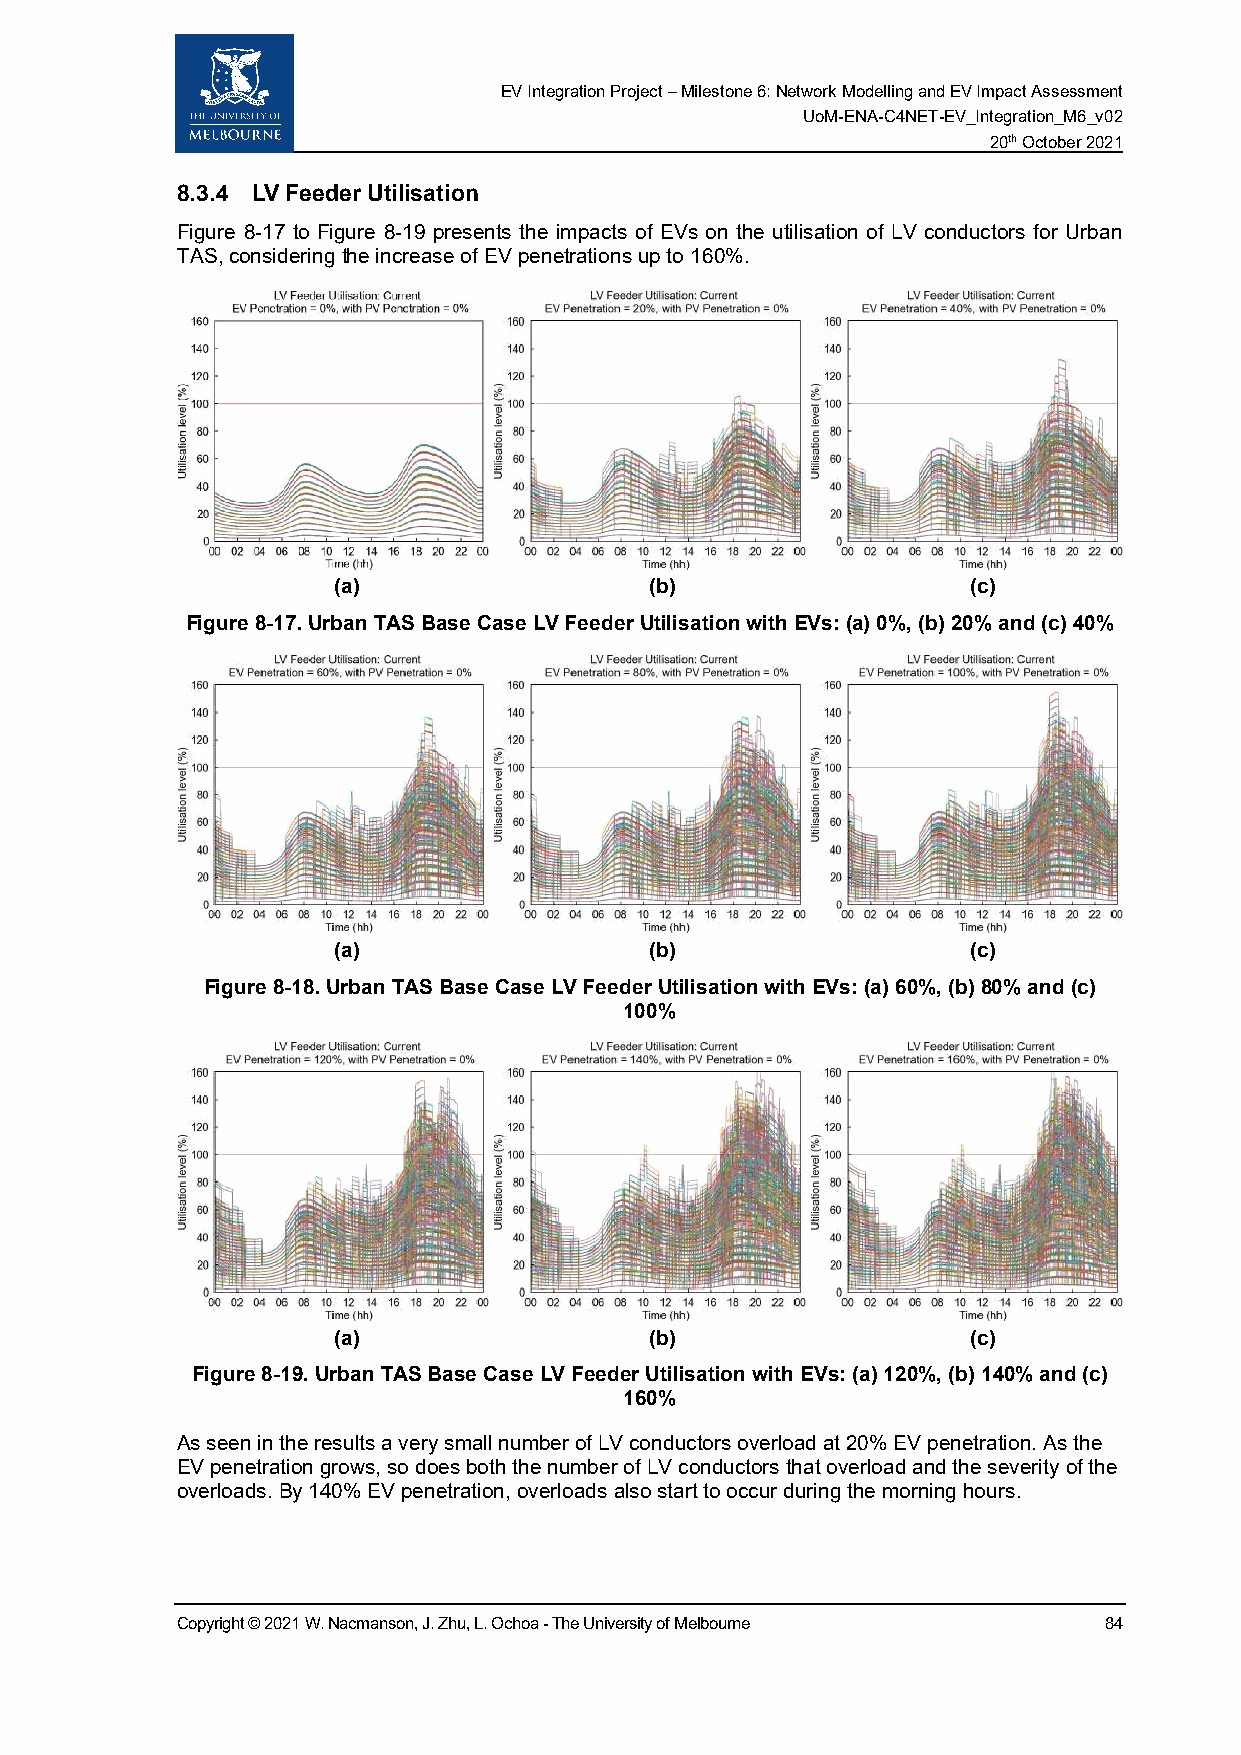
EV Integration Project – Milestone 6: Network Modelling and EV Impact Assessment
 UoM-ENA-C4NET-EV_Integration_M6_v02
 20th October 2021
 8.3.4 LV Feeder Utilisation
 Figure 8-17 to Figure 8-19 presents the impacts of EVs on the utilisation of LV conductors for Urban
 TAS, considering the increase of EV penetrations up to 160%.
 (a)                  (b)                  (c)
 Figure 8-17. Urban TAS Base Case LV Feeder Utilisation with EVs: (a) 0%, (b) 20% and (c) 40%
 (a)                  (b)                  (c)
 Figure 8-18. Urban TAS Base Case LV Feeder Utilisation with EVs: (a) 60%, (b) 80% and (c)
 100%
 (a)                  (b)                  (c)
 Figure 8-19. Urban TAS Base Case LV Feeder Utilisation with EVs: (a) 120%, (b) 140% and (c)
 160%
 As seen in the results a very small number of LV conductors overload at 20% EV penetration. As the
 EV penetration grows, so does both the number of LV conductors that overload and the severity of the
 overloads. By 140% EV penetration, overloads also start to occur during the morning hours.
 Copyright © 2021 W. Nacmanson, J. Zhu, L. Ochoa - The University of Melbourne 84